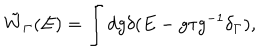
\tilde { W } _ { \Gamma } ( E ) = \int d g \delta ( E - g \tau g ^ { - 1 } \delta _ { \Gamma } ) ,